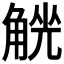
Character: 𧤄